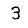
Digit: 3